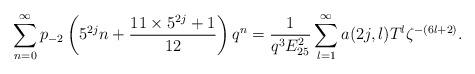
LaTeX: \begin{align*}\sum_{n=0}^{\infty}p_{-2}\left(5^{2j}n+\dfrac{11\times5^{2j}+1}{12}\right)q^{n}=\dfrac{1}{q^{3}E_{25}^{2}}\sum_{l=1}^{\infty}a(2j,l)T^{l}\zeta^{-(6l+2)}.\end{align*}